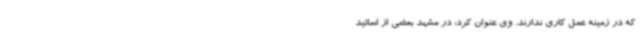
که در زمینه عمل کاری ندارند. وی عنوان کرد: در مشهد بعضی از اساتید